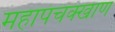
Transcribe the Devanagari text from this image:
महापंचक्खाण